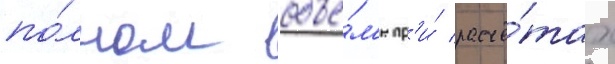
по́лном объё́м'е пр'и́ расчё́тах